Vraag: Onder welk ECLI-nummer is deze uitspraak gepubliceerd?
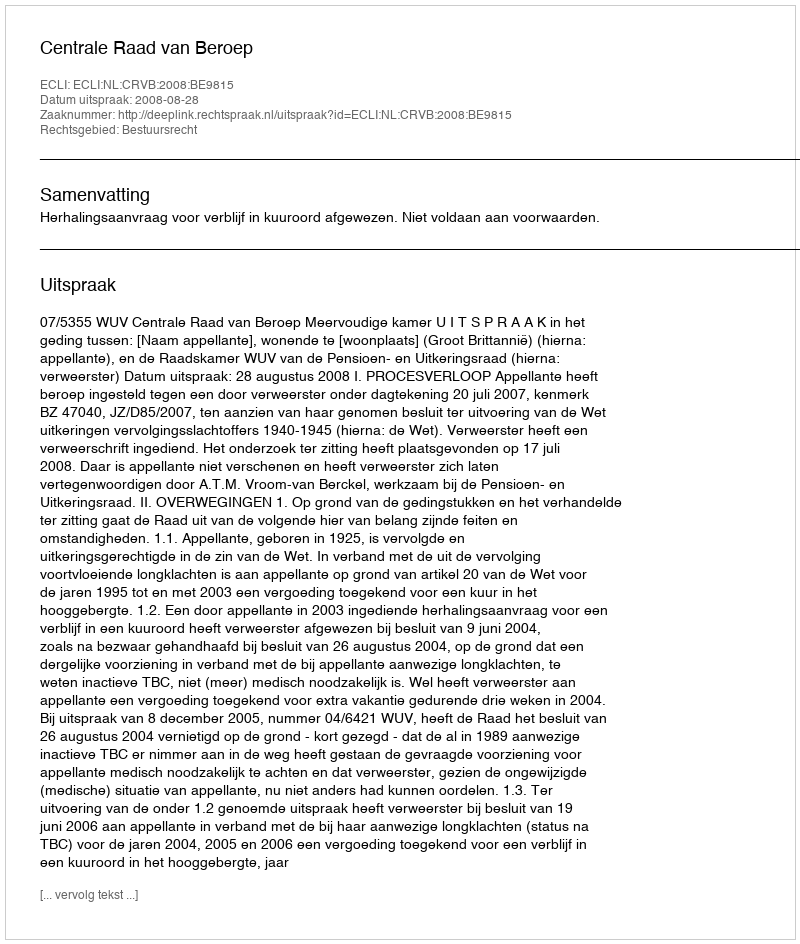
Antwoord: ECLI:NL:CRVB:2008:BE9815